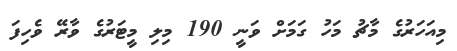
މިއަަހަރުގެ މާޗު މަހު ގަމަށް ވަނީ 190 މިލި މީޓަރުގެ ވާރޭ ވެހިފަ